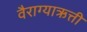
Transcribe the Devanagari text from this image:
वैराग्याऋत्ती